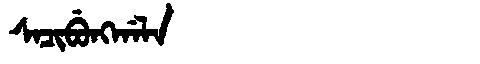
Manchu: ᠰᠠᠴᡳᠪᡠᠩᡤᠠᠯᠠ
Romanization: SACIBUNGGALA